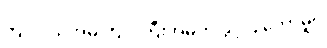
ကျင်ငယ်အိမ် ကျင်ကြီးအိမ်ကို ခွင့်ပြုတော်မူပုံ